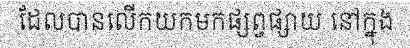
ដែលបានលើកយកមកផ្សព្វផ្សាយ នៅក្នុង